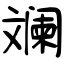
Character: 斓